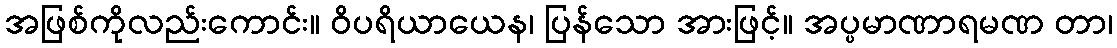
အဖြစ်ကိုလည်းကောင်း။ ဝိပရိယာယေန၊ ပြန်သော အားဖြင့်။ အပ္ပမာဏာရမဏ တာ၊